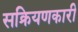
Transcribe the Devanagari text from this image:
सक्रियणकारी